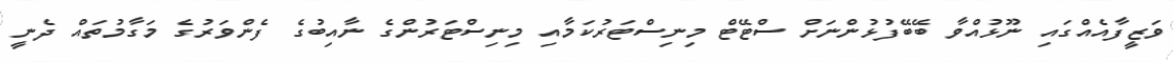
ވަޒީފާއެއްގައި ނޫޅުއްވާ ބޭބޭފުޅުންނަށް ސްޓޭޓް މިނިސްޓަރުކަމާއި މިނިސްޓަރުންގެ ނާއިބުގެ ފެންވަރުގެ މަގާމުތައް ދެނީ